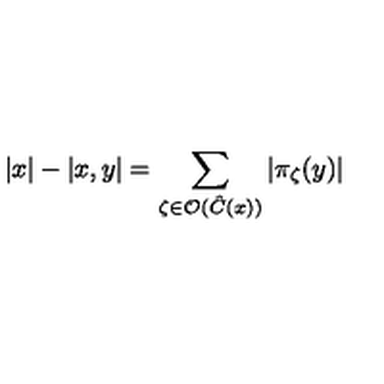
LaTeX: \left| x \right| - \left| x , y \right| = \sum _ { \zeta \in \mathcal { O } ( \hat { C } ( x ) ) } \left| \pi _ { \zeta } ( y ) \right|